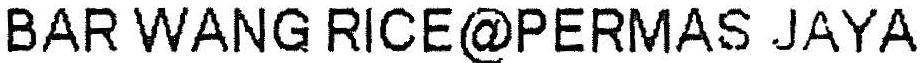
BAR WANG RICE@PERMAS JAYA